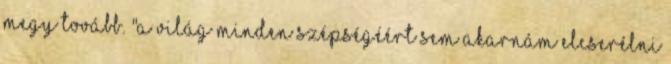
megy tovább. "A világ minden szépségéért sem akarnám elcserélni